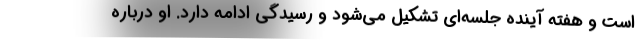
است و هفته آینده جلسه‌ای تشکیل می‌شود و رسیدگی ادامه دارد. او درباره